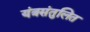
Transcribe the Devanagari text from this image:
यंत्रसंतुलित